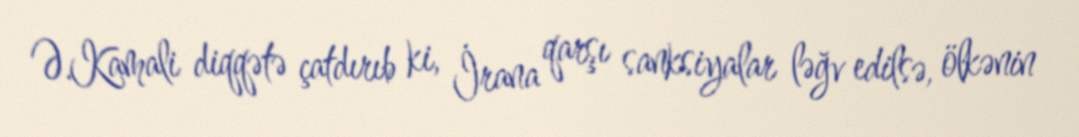
Ə.Kamali diqqətə çatdırıb ki, İrana qarşı sanksiyalar ləğv edilsə, ölkənin